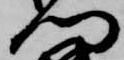
門